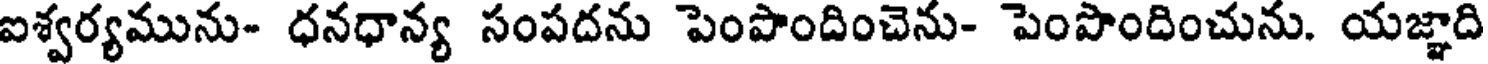
ఐశ్వర్యమును- ధనధాన్య సంపదను పెంపొందించెను- పెంపొందించును. యజ్ఞాది